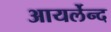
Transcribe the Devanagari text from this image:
आयर्लेन्द